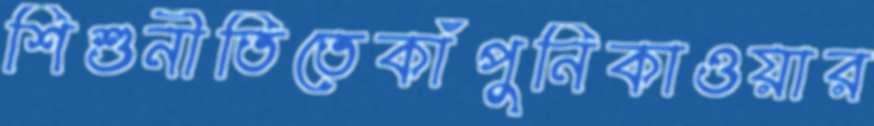
শিশুনীতিতেকাঁপুনিকাওয়ার